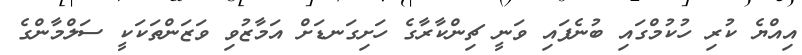
އިއްޔެ ކުރި ހުކުމްގައި ބުނެފައި ވަނީ ޗިންކާރާގެ ހަށިގަނޑަށް އަމާޒުވި ވަޒަންތަކަކީ ސަލްމާންގެ